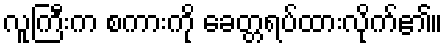
လူကြီးက စကားကို ခေတ္တရပ်ထားလိုက်၏။